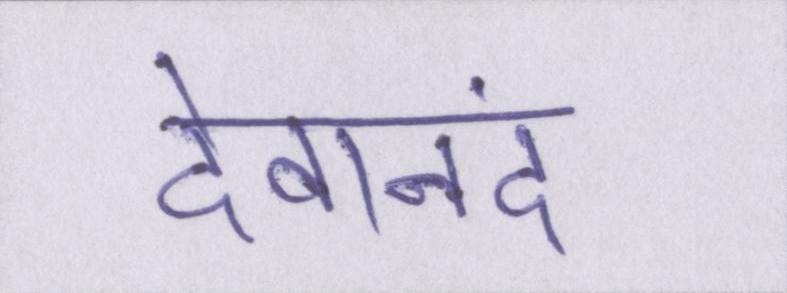
देवानंद